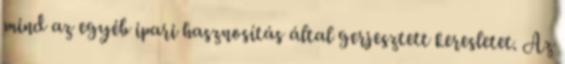
mind az egyéb ipari hasznosítás által gerjesztett keresletet. Az